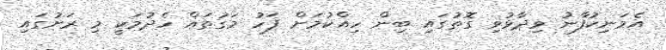
އެމަނިކުފާނު ވިދާޅުވި ގޮތުގައި ބިން ހިއްކުމަށް ފަހު މަގުތައް ހެދުމަކީ މި ރަށުގައި